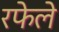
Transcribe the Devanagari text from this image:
रफेले